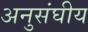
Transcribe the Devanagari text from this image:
अनुसंघीय